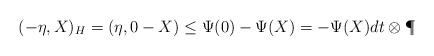
LaTeX: \begin{align*}(-\eta,X)_{H}=(\eta,0-X)\le\Psi(0)-\Psi(X)=-\Psi(X)dt\otimes\P\end{align*}